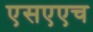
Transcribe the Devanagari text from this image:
एसएएच